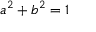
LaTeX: a ^ { 2 } + b ^ { 2 } = 1